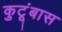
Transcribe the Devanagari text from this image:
कुटूंबास